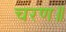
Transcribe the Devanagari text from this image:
चरण॥